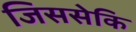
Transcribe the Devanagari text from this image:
जिससेकि